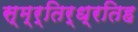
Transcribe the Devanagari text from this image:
स्म्र्तिर्ध्रतिह